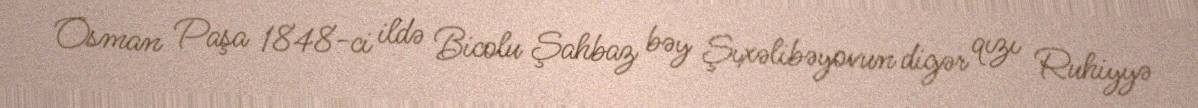
Osman Paşa 1848-ci ildə Bicolu Şahbaz bəy Şıxəlibəyovun digər qızı Ruhiyyə